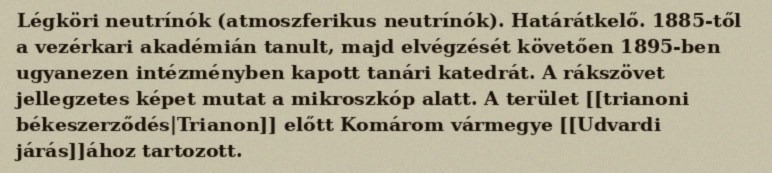
Légköri neutrínók (atmoszferikus neutrínók). Határátkelő. 1885-től a vezérkari akadémián tanult, majd elvégzését követően 1895-ben ugyanezen intézményben kapott tanári katedrát. A rákszövet jellegzetes képet mutat a mikroszkóp alatt. A terület [[trianoni békeszerződés|Trianon]] előtt Komárom vármegye [[Udvardi járás]]ához tartozott.